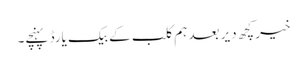
خیر کچھ دیر بعد ہم کلب کے بیک یارڈ پہنچے۔